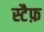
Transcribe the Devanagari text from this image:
स्टैफ़